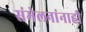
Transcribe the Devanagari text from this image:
संमेलनांनाही